Civil Veterinary Dept. Assam report 1911-1927 - 1911-1927
Year: 1911
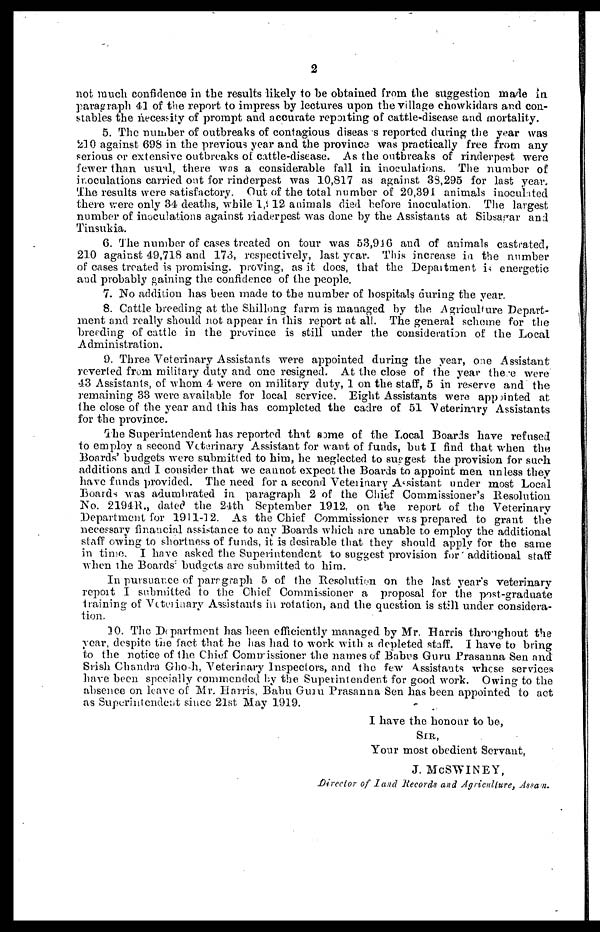
2
not much confidence in the results likely to be obtained from the suggestion made m
paragraph 41 of the report to impress by lectures upon the village chowkidars and con-
stables the necessity of prompt and accurate reporting of cattle-disease and mortality.
5. The number of outbreaks of contagious diseases reported during the year was
210 against 698 in the previous year and the province was practically free from any
serious or extensive outbreaks of cattle-disease. As the outbreaks of rinderpest were
fewer than usual, there was a considerable fall in inoculations. The number of
inoculations carried out for rinderpest was 10,817 as against 33,295 for last year.
The results were satisfactory. Out of the total number of 20,391 animals inoculated
there were only 34 deaths, while 1,512 animals died before inoculation. The largest
number of inoculations against riaderpest was done by the Assistants at Sibsagar and
Tinsukia.
6. The number of cases treated on tour was 53,916 and of animals castrated,
210 against 49,718 and 17.3, respectively, last year. This increase in the number
of cases treated is promising, proving, as it does, that the Depaitment is energetic
aud probably gaining the confidence of the people.
7. No addition has been made to the number of hospitals during the year.
8. Cattle breeding at the Shillong farm is managed by the Agriculture Depart-
ment and really should not appear in this report at all. The general scheme for the
breeding of cattle in the province is still under the consideration of the Local
Administration.
9. Three Veterinary Assistants were appointed during the year, one Assistant
reverted from military duty and one resigned. At the close of the year there were
43 Assistants, of whom 4 were on military duty, 1 on the staff, 5 in reserve and the
remaining 33 were available for local service. Eight Assistants were appointed at
the close of the year and this has completed the cadre of 51 Veterinary Assistants
for the province.
The Superintendent has reported that some of the Local Boards have refused
to employ a second Veterinary Assistant for want of funds, but I find that when the
Boards' budgets were submitted to him, he neglected to suggest the provision for such
additions and I consider that we cannot expect the Boards to appoint men unless they
have funds provided. The need for a second Veterinarv Assistant under most Local
Boards was adumbrated in paragraph 2 of the Chief Commissioner's Resolution
No. 2194R., dated the 24th September 1912, on the report of the Veterinary
Department for 1911-12. As the Chief Commissioner was prepared to grant the
necessary financial assistance to any Boards which are unable to employ the additional
staff owing to shortness of funds, it is desirable that they should apply for the same
in time. I have asked the Superintendent to suggest provision for additional staff
when the Boards budgets are submitted to him.
In pursuance of parr graph 5 of the Resolution on the last year's veterinary
report I submitted to the Chief Commissioner a proposal for the post-graduate
training of Veterinary Assistants in rotation, and the question is still under considera-
tion.
30. The Department has been efficiently managed by Mr. Harris throughout the
year, despite the fact that he has had to work with a depleted staff. I have to bring
to the notice of the Chief Commissioner the names of Babus Guru Prasanna Sen and
Srish Chandra Ghosh, Veterinary Inspectors, and the few Assistants whese services
have been specially commended by the Superintendent for good work. Owing to the
absence on leave of Mr. Harris, Babu Gum Prasanna Sen has been appointed to act
as Superintendent since 21st May 1919.
I have the honour to be,
SIR,
Your most obedient Servant,
J. McSWINEY,
Director of land Records and Agriculture, Assam.